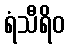
ရံသီရိဝ